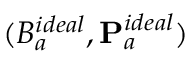
( B _ { a } ^ { i d e a l } , { \bf P } _ { a } ^ { i d e a l } )